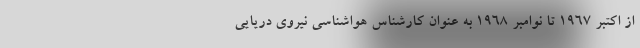
از اکتبر ۱۹۶۷ تا نوامبر ۱۹۶۸ به عنوان کارشناس هواشناسی نیروی دریایی